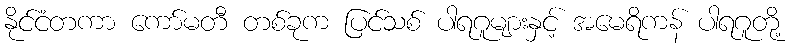
နိုင်ငံတကာ ကော်မတီ တစ်ခုက ပြင်သစ် ပါရဂူများနှင့် အမေရိကန် ပါရဂူတို့